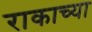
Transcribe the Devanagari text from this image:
राकाच्या